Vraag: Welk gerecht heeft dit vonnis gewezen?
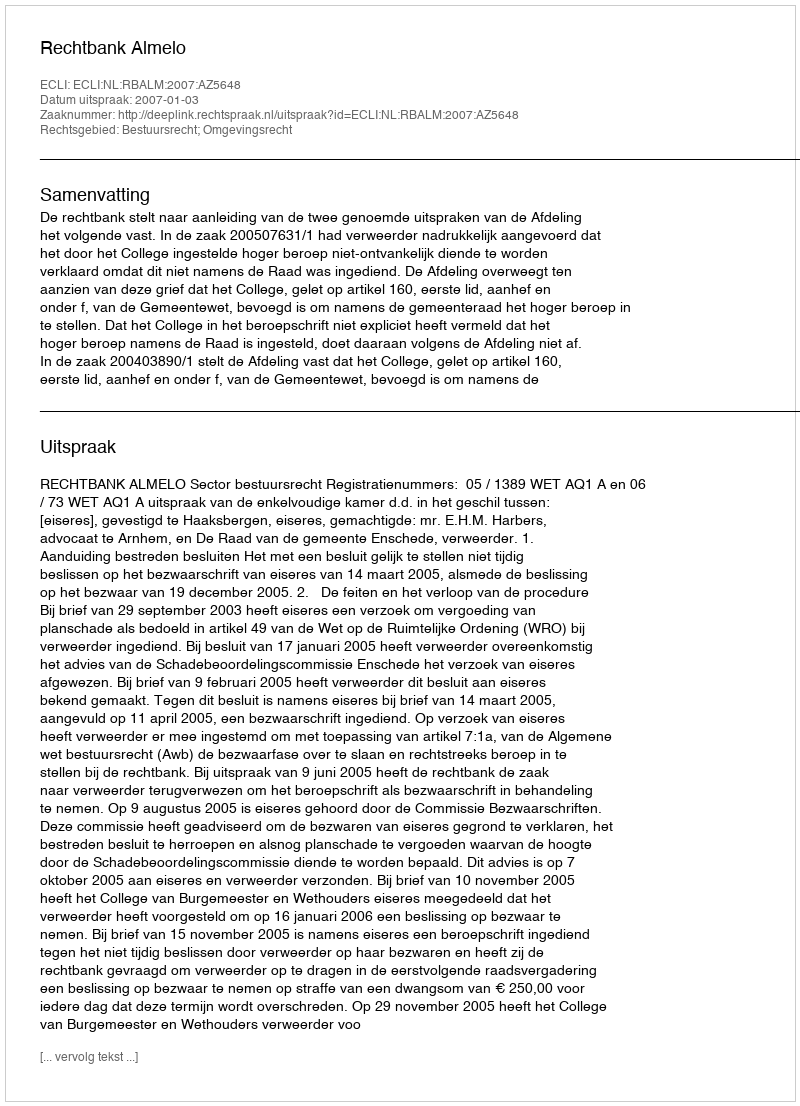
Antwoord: Rechtbank Almelo